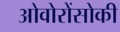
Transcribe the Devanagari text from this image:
ओवोरोंसोकी